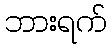
ဘားရက်